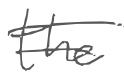
Text: the
Cross-out: double-line
Writing tool: digital_gray